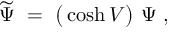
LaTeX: \widetilde \Psi \ = \ \big ( \cosh V \big ) \ \Psi \ ,